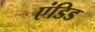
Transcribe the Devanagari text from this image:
एंडिड